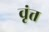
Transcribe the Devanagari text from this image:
वृंत्त